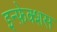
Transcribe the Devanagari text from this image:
इन्फ़ेक्शस